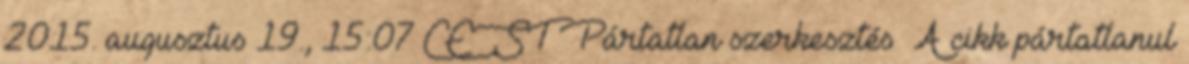
2015. augusztus 19., 15:07 CEST Pártatlan szerkesztés A cikk pártatlanul